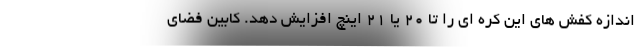
اندازه کفش های این کره ای را تا 20 یا 21 اینچ افزایش دهد. کابین فضای